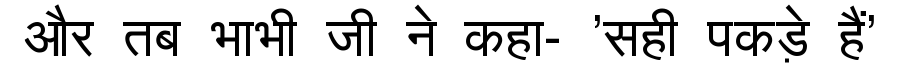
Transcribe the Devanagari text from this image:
और तब भाभी जी ने कहा- 'सही पकड़े हैं'